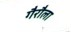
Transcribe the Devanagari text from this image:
गैरौला